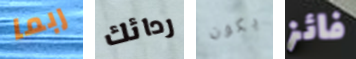
ربما ردائك يكون فائز